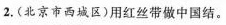
2. (北京市西城区)用红丝带做中国结。